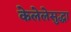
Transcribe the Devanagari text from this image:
केलेलेसुद्धा